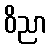
ဝိညာ